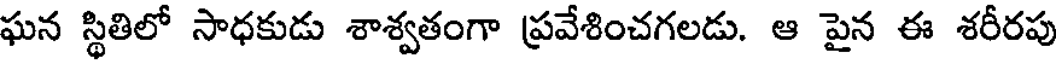
ఘన స్థితిలో సాధకుడు శాశ్వతంగా ప్రవేశించగలడు. ఆ పైన ఈ శరీరపు